Vaccination United Provinces of Agra and Oudh 1902-1913 - 1902-1913
Year: 1902
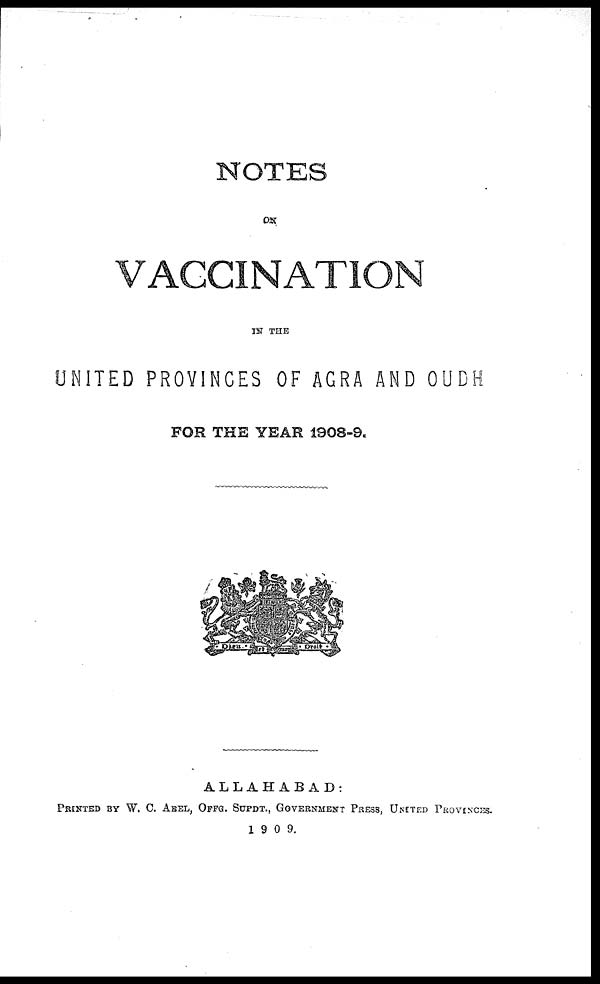
NOTES
ON
VACCINATION
IN THE
UNITED PROVINCES OF AGRA AND OUDH
FOR THE YEAR 1908-9.
ALLAHABAD
PRINTED BY W. C. ABEL, OFFG. SUPDT., GOVERNMENT PRESS, UNITED PROVINCES.
1909.